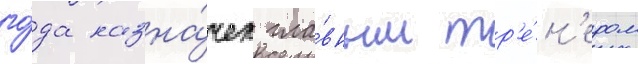
го́да назна́чен гла́вным тр'е́н'ером